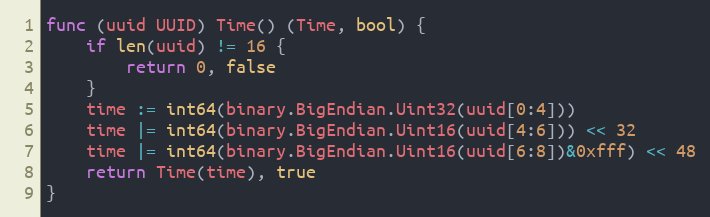
Language: Go
func (uuid UUID) Time() (Time, bool) {
	if len(uuid) != 16 {
		return 0, false
	}
	time := int64(binary.BigEndian.Uint32(uuid[0:4]))
	time |= int64(binary.BigEndian.Uint16(uuid[4:6])) << 32
	time |= int64(binary.BigEndian.Uint16(uuid[6:8])&0xfff) << 48
	return Time(time), true
}